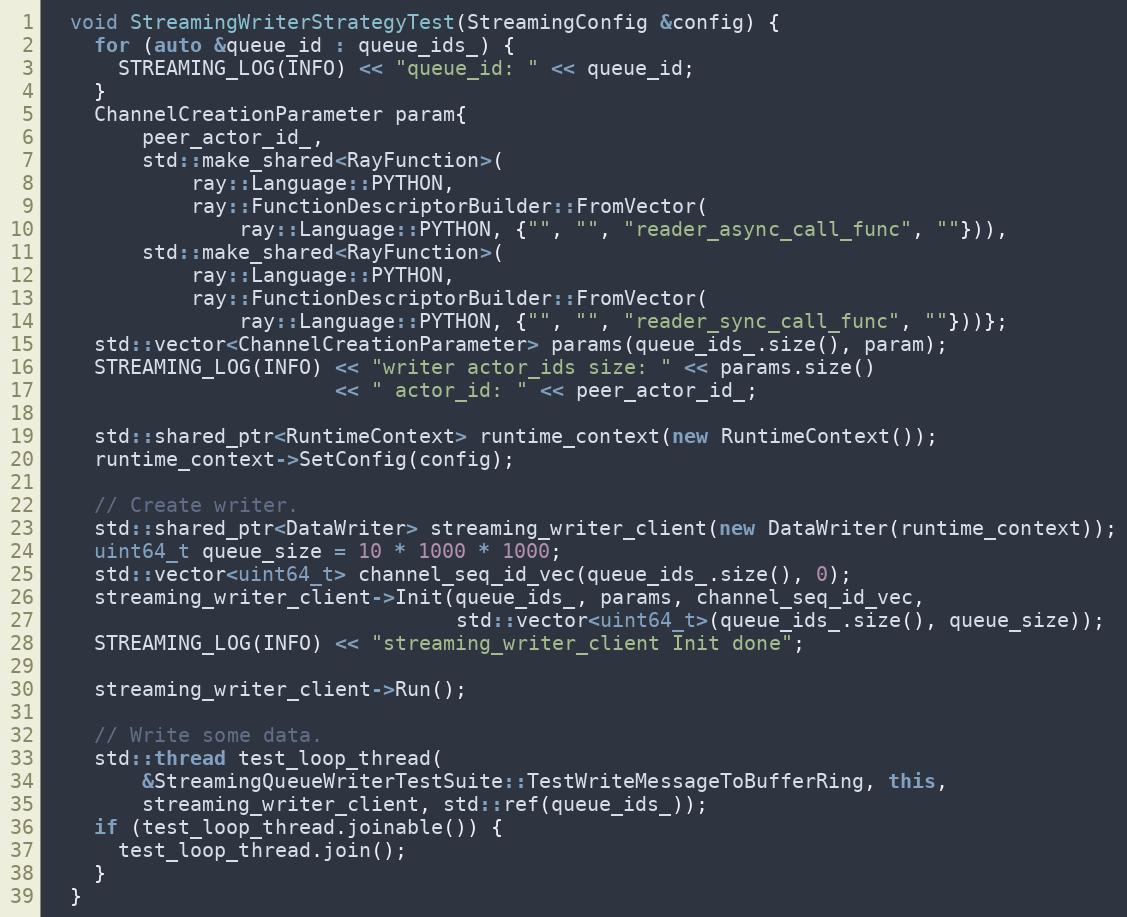
Language: C++
  void StreamingWriterStrategyTest(StreamingConfig &config) {
    for (auto &queue_id : queue_ids_) {
      STREAMING_LOG(INFO) << "queue_id: " << queue_id;
    }
    ChannelCreationParameter param{
        peer_actor_id_,
        std::make_shared<RayFunction>(
            ray::Language::PYTHON,
            ray::FunctionDescriptorBuilder::FromVector(
                ray::Language::PYTHON, {"", "", "reader_async_call_func", ""})),
        std::make_shared<RayFunction>(
            ray::Language::PYTHON,
            ray::FunctionDescriptorBuilder::FromVector(
                ray::Language::PYTHON, {"", "", "reader_sync_call_func", ""}))};
    std::vector<ChannelCreationParameter> params(queue_ids_.size(), param);
    STREAMING_LOG(INFO) << "writer actor_ids size: " << params.size()
                        << " actor_id: " << peer_actor_id_;

    std::shared_ptr<RuntimeContext> runtime_context(new RuntimeContext());
    runtime_context->SetConfig(config);

    // Create writer.
    std::shared_ptr<DataWriter> streaming_writer_client(new DataWriter(runtime_context));
    uint64_t queue_size = 10 * 1000 * 1000;
    std::vector<uint64_t> channel_seq_id_vec(queue_ids_.size(), 0);
    streaming_writer_client->Init(queue_ids_, params, channel_seq_id_vec,
                                  std::vector<uint64_t>(queue_ids_.size(), queue_size));
    STREAMING_LOG(INFO) << "streaming_writer_client Init done";

    streaming_writer_client->Run();

    // Write some data.
    std::thread test_loop_thread(
        &StreamingQueueWriterTestSuite::TestWriteMessageToBufferRing, this,
        streaming_writer_client, std::ref(queue_ids_));
    if (test_loop_thread.joinable()) {
      test_loop_thread.join();
    }
  }